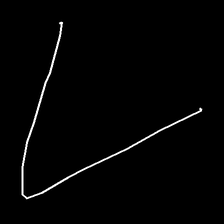
Glyph: region